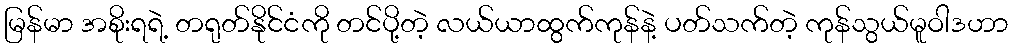
မြန်မာ အစိုးရရဲ့ တရုတ်နိုင်ငံကို တင်ပို့တဲ့ လယ်ယာထွက်ကုန်နဲ့ ပတ်သက်တဲ့ ကုန်သွယ်မူဝါဒဟာ